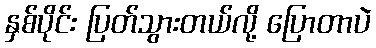
နှစ်ပိုင်း ပြတ်သွားတယ်လို့ ပြောတာပဲ